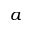
a